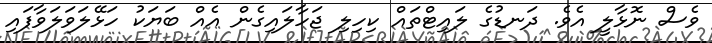
ވެސް ނޮޅާލީ އެވެ. ދަނޑުގެ ލައިޓްތައް ކިހިލި ޖަހާލައިގެން އެއް ބަޔަކު ހަޅޭލަވަލަވާފައި